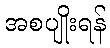
အစပျိုးရန်